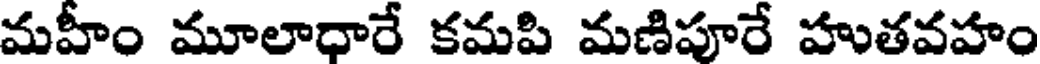
మహీం మూలాధారే కమపి మణిపూరే హుతవహం